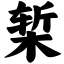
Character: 椠